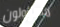
مسؤولون